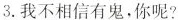
3.我不相信有鬼,你呢?